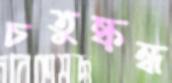
চতুষ্কন্ধ